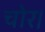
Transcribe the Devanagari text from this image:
चोर।